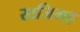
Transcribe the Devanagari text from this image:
खजिमह